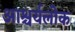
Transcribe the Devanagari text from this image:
आश्चर्यलोक